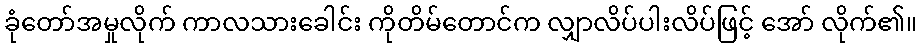
ခုံတော်အမှုလိုက် ကာလသားခေါင်း ကိုတိမ်တောင်က လျှာလိပ်ပါးလိပ်ဖြင့် အော် လိုက်၏။